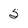
Character: 5